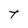
Character: T